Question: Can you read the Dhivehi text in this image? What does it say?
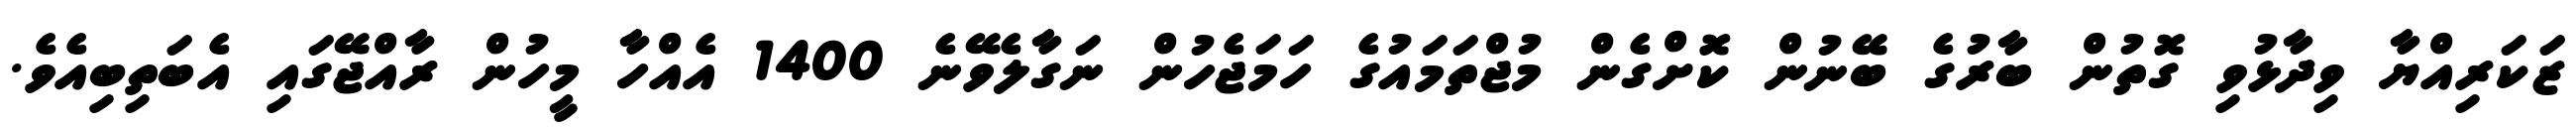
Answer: ޒަކަރިއްޔާ ވިދާޅުވި ގޮތުން ބާރުގެ ބޭނުން ކޮށްގެން މުޖްތަމައުގެ ހަމަޖެހުން ނަގާލެވޭނެ 1400 އެއްހާ މީހުން ރާއްޖޭގައި އެބަތިބިއެވެ.